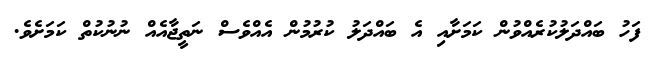
ފަހު ބައްދަލުކުރެެއްވުން ކަމަށާއި އެ ބައްދަލު ކުރުމުން އެއްވެސް ނަތީޖާއެއްް ނުނުކުތް ކަމަށެވެ.